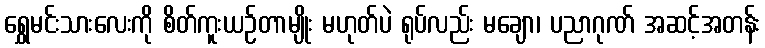
ရွှေမင်းသားလေးကို စိတ်ကူးယဉ်တာမျိုး မဟုတ်ပဲ ရုပ်လည်း မချော၊ ပညာဂုဏ် အဆင့်အတန်း